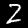
Label: 2